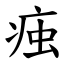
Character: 痋